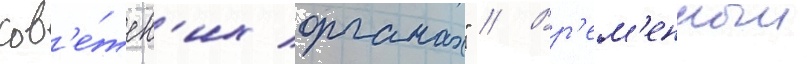
сов'е́тск'их органах" // Вр'ем'енныи